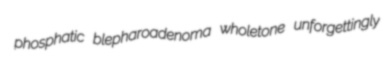
phosphatic blepharoadenoma wholetone unforgettingly